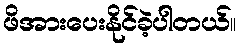
ဖိအားပေးနိုင်ခဲ့ပါတယ်။